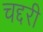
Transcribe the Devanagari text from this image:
चद्दरी